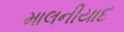
માલનીયાદ